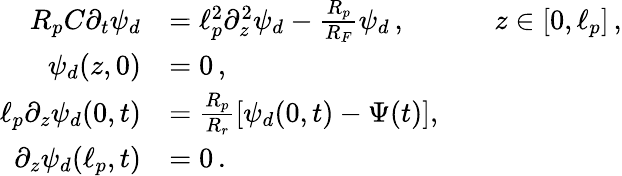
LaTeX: \begin{array}{rlrl}{R_{p}C\partial_{t}\psi_{d}}&{=\ell_{p}^{2}\partial_{z}^{2}\psi_{d}-\frac{R_{p}}{R_{F}}\psi_{d}\, ,}&&{z\in[0,\ell_{p}]\, ,}\\ {\psi_{d}(z,0)}&{=0\, ,}\\ {\ell_{p}\partial_{z}\psi_{d}(0,t)}&{=\frac{R_{p}}{R_{r}}[\psi_{d}(0,t)-\Psi(t)],}\\ {\partial_{z}\psi_{d}(\ell_{p},t)}&{=0\, .}\end{array}